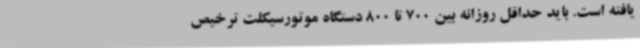
یافته است. باید حداقل روزانه بین 700 تا 800 دستگاه موتورسیکلت ترخیص